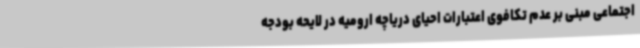
اجتماعی مبنی بر عدم تکافوی اعتبارات احیای دریاچه ارومیه در لایحه بودجه